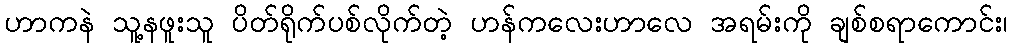
ဟာကနဲ သူ့နဖူးသူ ပိတ်ရိုက်ပစ်လိုက်တဲ့ ဟန်ကလေးဟာလေ အရမ်းကို ချစ်စရာကောင်း၊